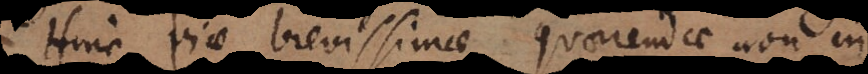
Hinc viae brevissimae quaerendae non in